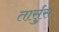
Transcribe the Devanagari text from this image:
तार्सुस